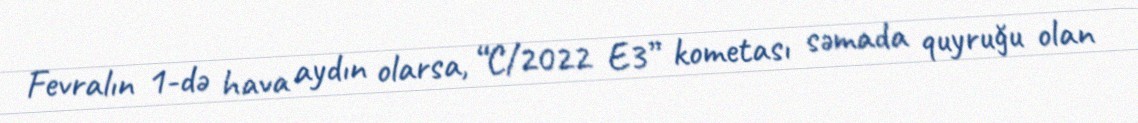
Fevralın 1-də hava aydın olarsa, “C/2022 E3” kometası səmada quyruğu olan